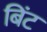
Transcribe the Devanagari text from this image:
बिंट